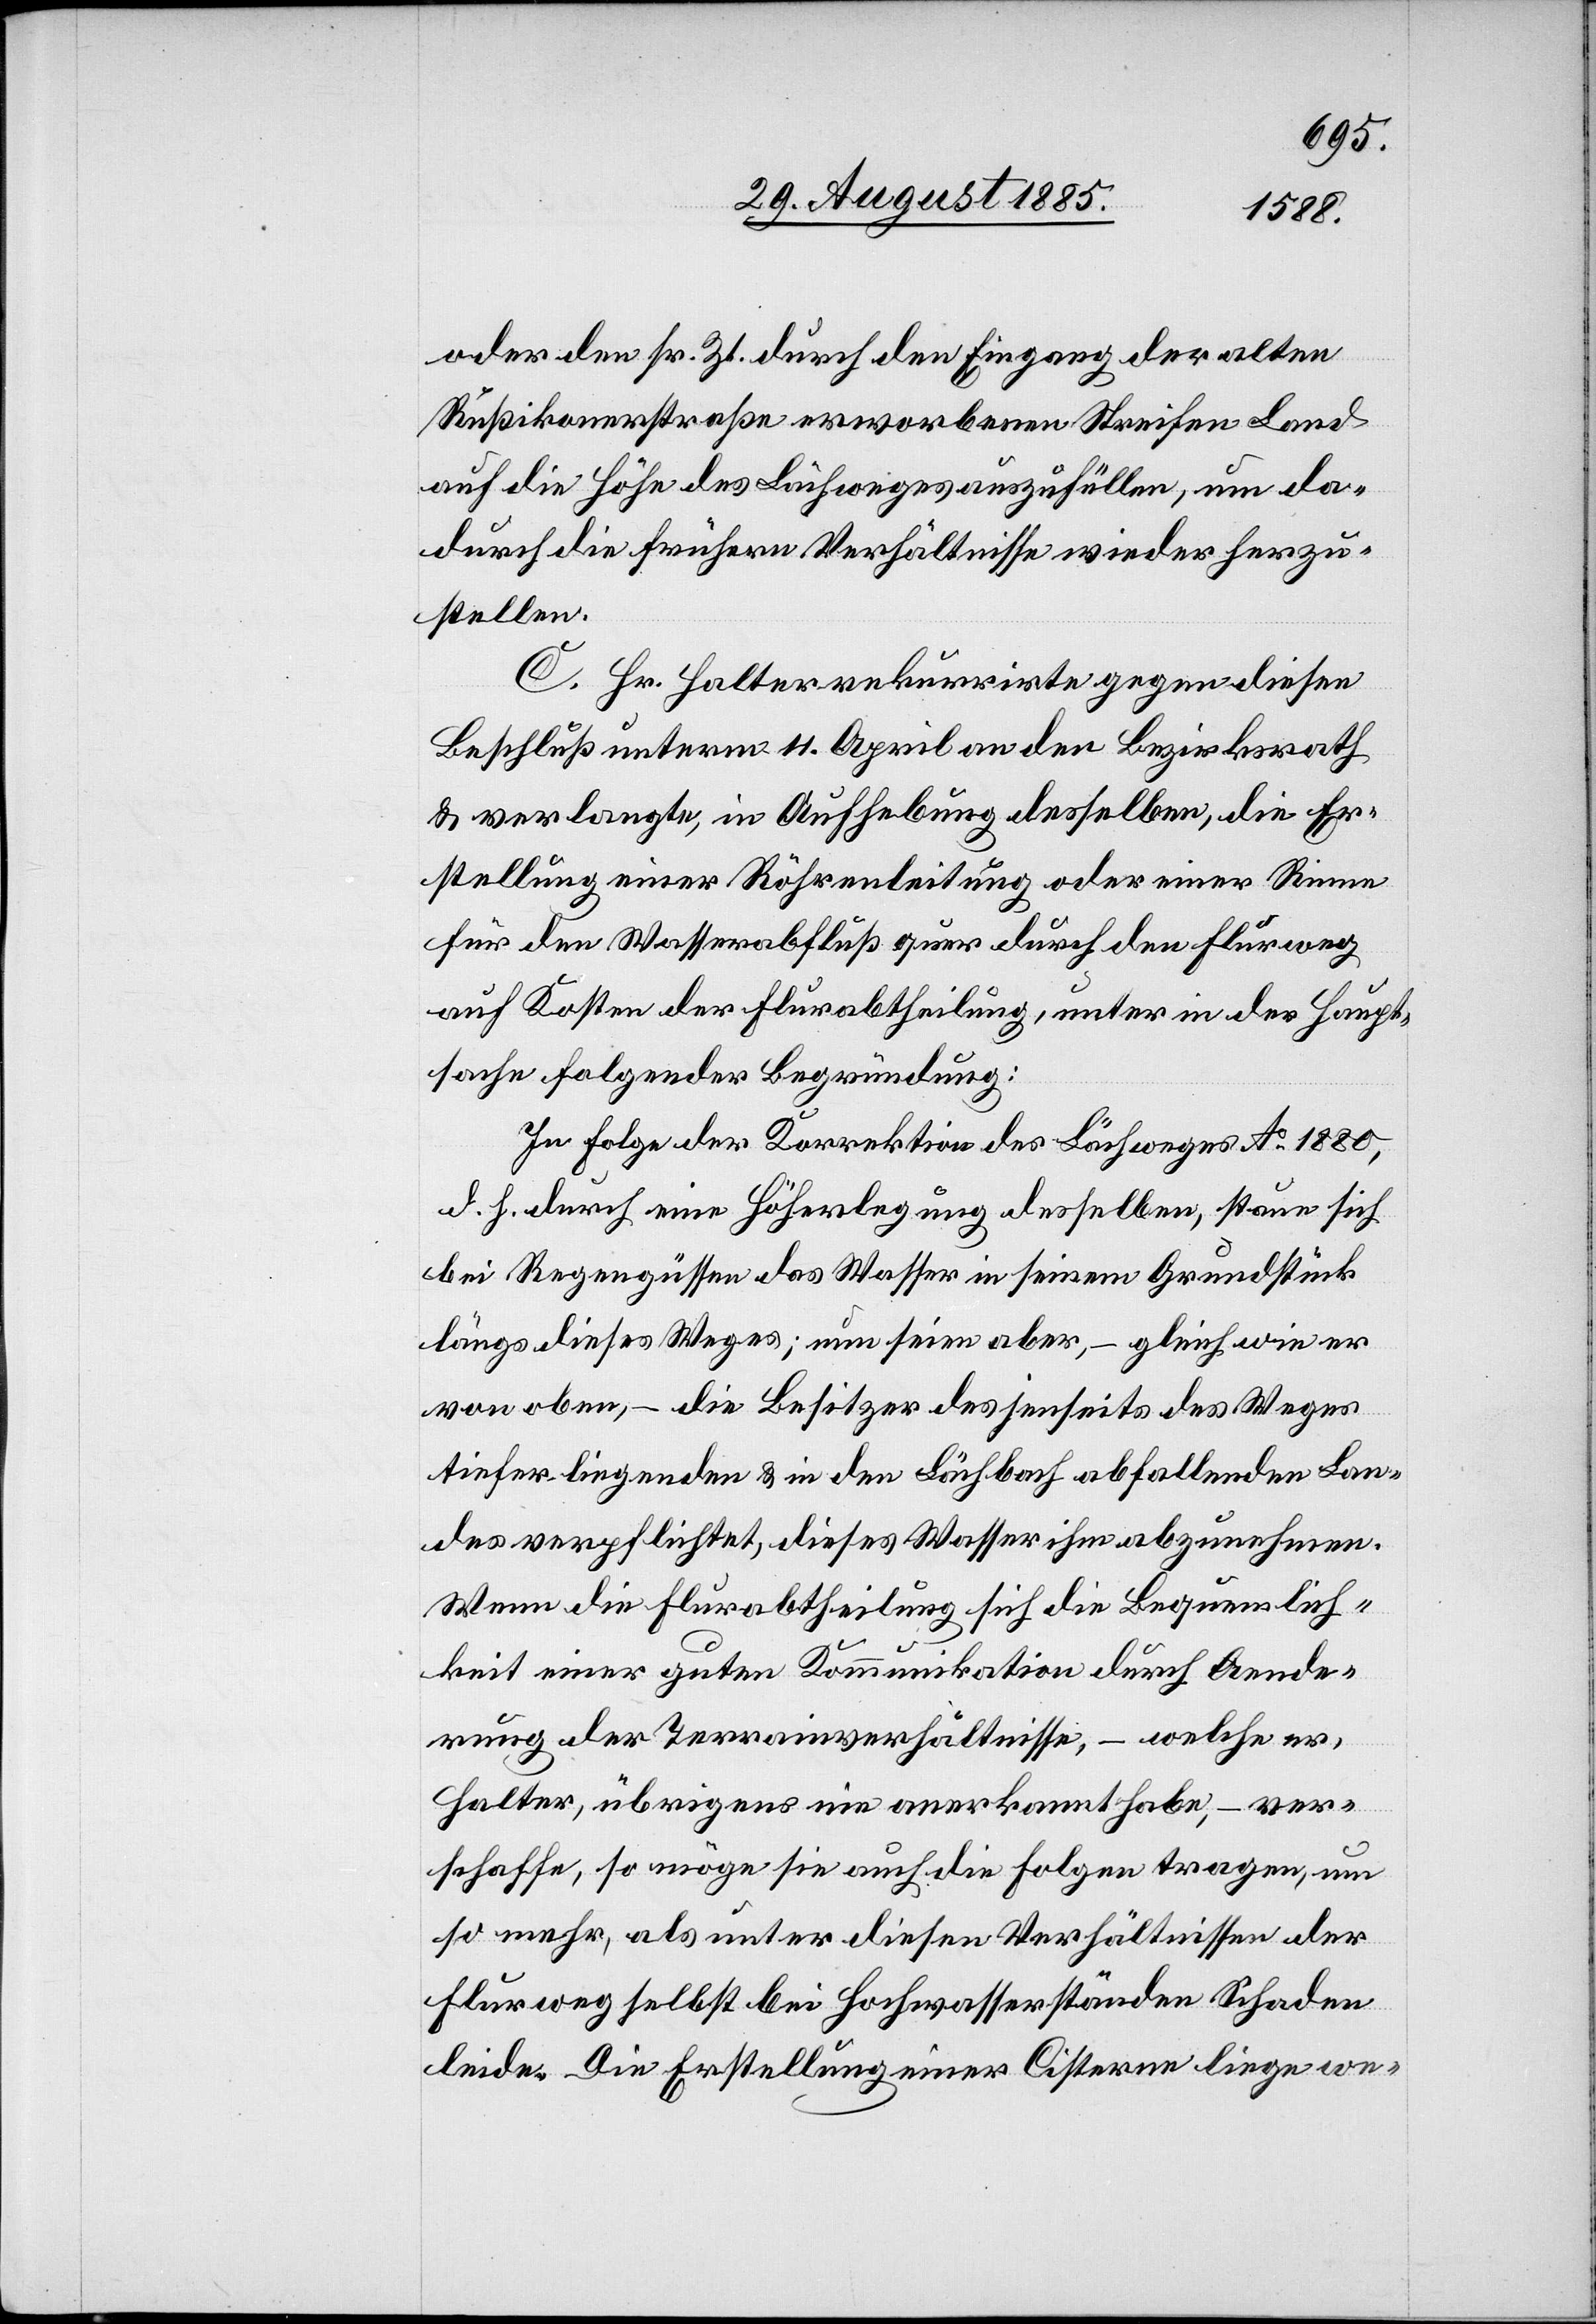
oder den sr. Zt. durch den Eingang der alten
Rußikonerstraße erworbenen Streifen Land
auf die Höhe des Lächweges auszufüllen, um da¬
durch die frühern Verhältnisse wieder herzu¬
stellen.
C. Hr. Halter rekurrirte gegen diesen
Beschluß unterm 11. April an den Bezirksrath
& verlangte, in Aufhebung desselben, die Er¬
stellung einer Röhrenleitung oder einer Rinne
für den Wasserabfluß quer durch den Flurweg
auf Kosten der Flurabtheilung, unter in der Haupt¬
sache folgender Begründung:
In Folge der Korrektion des Löschweges Ao 1880,
d. h. durch eine Höherlegung desselben, staue sich
bei Regengüssen das Wasser in seinem Grundstück
längs dieses Weges; nun seien aber, – gleich wie er
von oben, – die Besitzer des jenseits des Weges
tiefer liegenden & in den Lächbach abfallenden Lan¬
des verpflichtet, dieses Wasser ihm abzunehmen.
Wenn die Flurabtheilung sich die Bequemlich¬
keit einer guten Kommunikation durch Aende¬
rung der Terrainverhältnisse, – welche er,
Halter, übrigens nie anerkannt habe, – ver¬
schaffe, so möge sie auch die Folgen tragen, um
so mehr, als unter diesen Verhältnissen der
Flurweg selbst bei Hochwasserständen Schaden
leide. Die Erstellung einer Cisterne liege we-